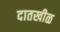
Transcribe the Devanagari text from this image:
दातखीळ